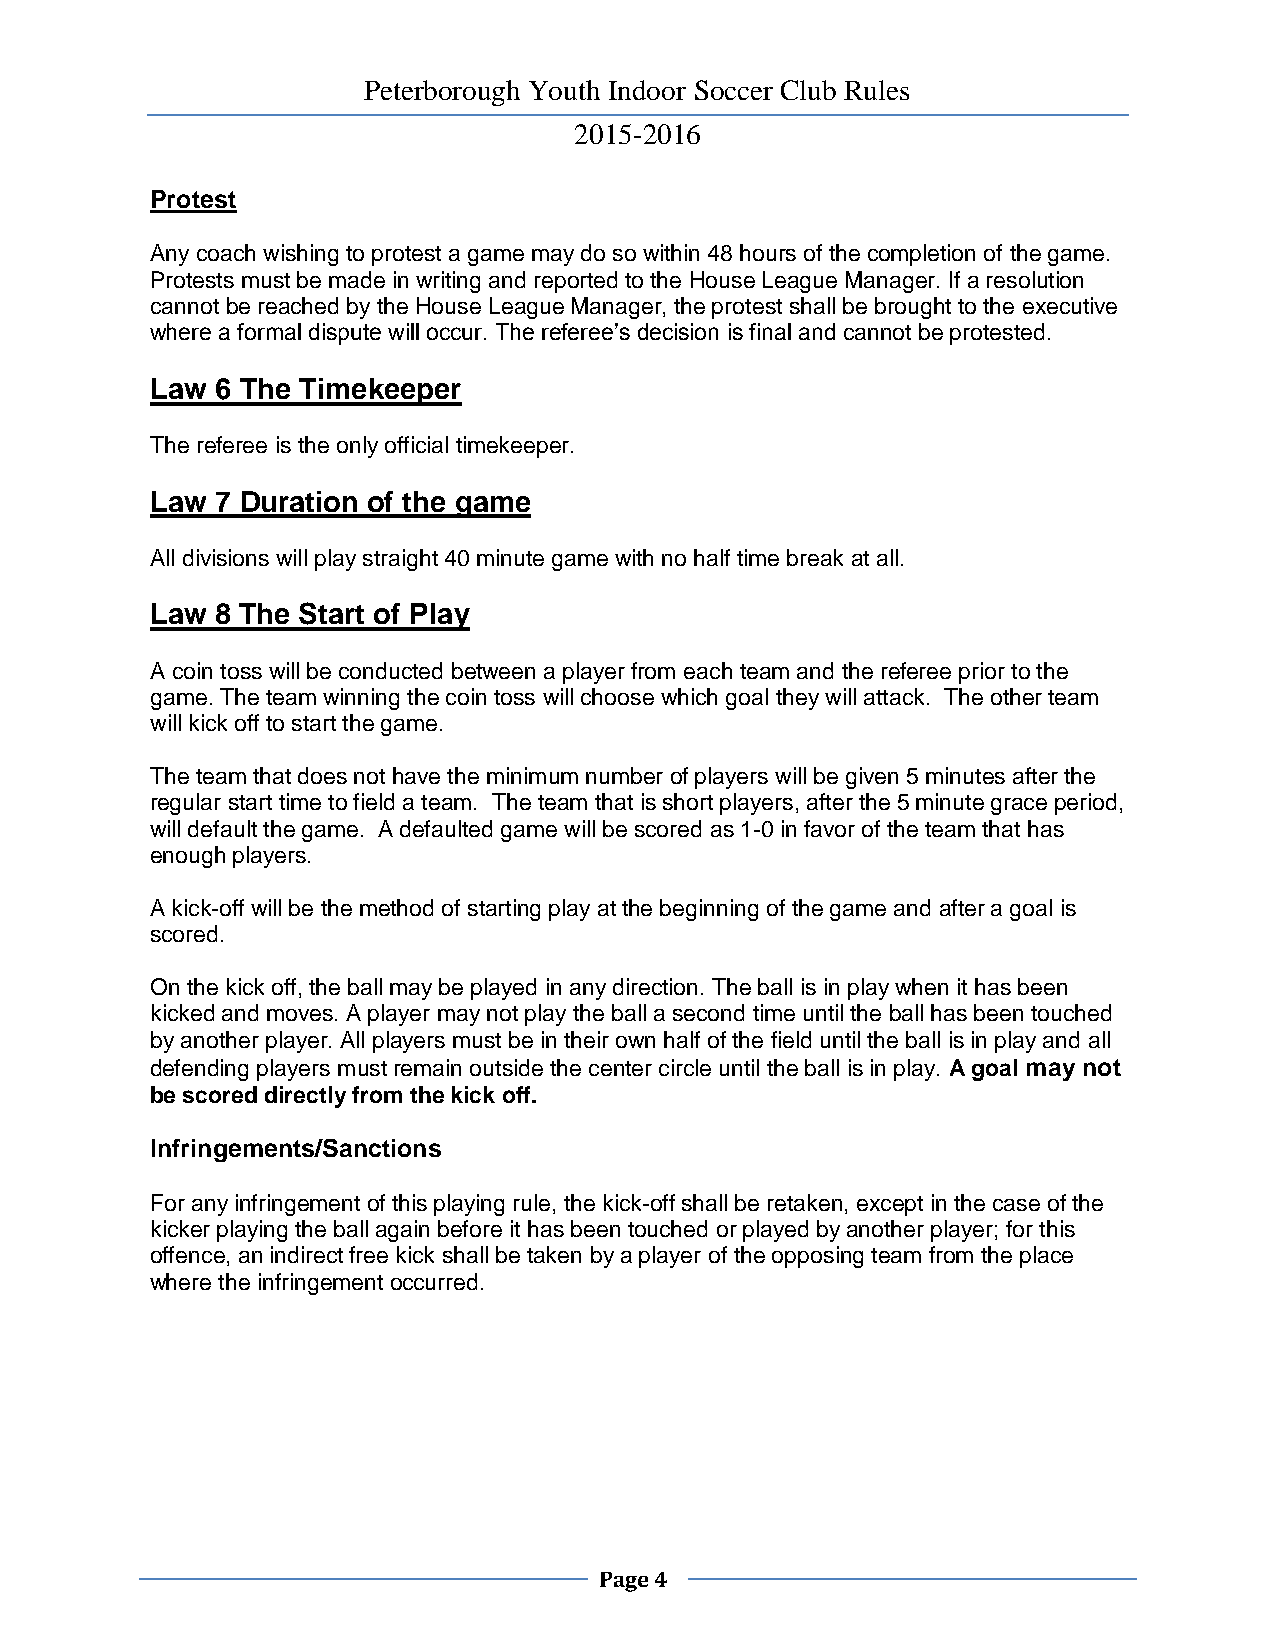
Peterborough Youth Indoor Soccer Club Rules
 2015-2016
 Protest
 Any coach wishing to protest a game may do so within 48 hours of the completion of the game.
 Protests must be made in writing and reported to the House League Manager. If a resolution
 cannot be reached by the House League Manager, the protest shall be brought to the executive
 where a formal dispute will occur. The referee’s decision is final and cannot be protested.
 Law 6 The Timekeeper
 The referee is the only official timekeeper.
 Law 7 Duration of the game
 All divisions will play straight 40 minute game with no half time break at all.
 Law 8 The Start of Play
 A coin toss will be conducted between a player from each team and the referee prior to the
 game. The team winning the coin toss will choose which goal they will attack. The other team
 will kick off to start the game.
 The team that does not have the minimum number of players will be given 5 minutes after the
 regular start time to field a team. The team that is short players, after the 5 minute grace period,
 will default the game. A defaulted game will be scored as 1-0 in favor of the team that has
 enough players.
 A kick-off will be the method of starting play at the beginning of the game and after a goal is
 scored.
 On the kick off, the ball may be played in any direction. The ball is in play when it has been
 kicked and moves. A player may not play the ball a second time until the ball has been touched
 by another player. All players must be in their own half of the field until the ball is in play and all
 defending players must remain outside the center circle until the ball is in play. A goal may not
 be scored directly from the kick off.
 Infringements/Sanctions
 For any infringement of this playing rule, the kick-off shall be retaken, except in the case of the
 kicker playing the ball again before it has been touched or played by another player; for this
 offence, an indirect free kick shall be taken by a player of the opposing team from the place
 where the infringement occurred.
 Page 4